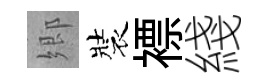
郷裝褾綫